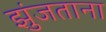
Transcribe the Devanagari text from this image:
झुंजताना